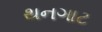
થનગાટ